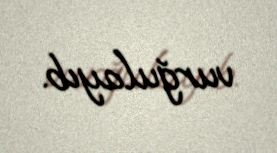
vurğulayıb.